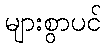
များစွာပင်